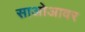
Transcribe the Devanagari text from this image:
साओआवर